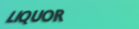
LIQUOR